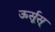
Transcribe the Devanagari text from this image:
ऊर्सूस्